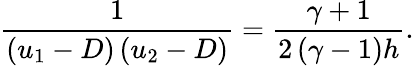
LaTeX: \frac{1}{\left(u_{1}-D\right)\left(u_{2}-D\right)}=\frac{\gamma+1}{2\left(\gamma-1\right)h}.